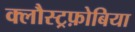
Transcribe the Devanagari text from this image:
क्लौस्ट्रफ़ोबिया